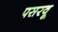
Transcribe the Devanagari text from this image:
पसरवू